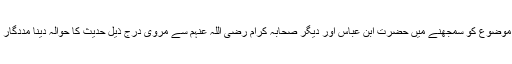
زیرِ بحث موضوع کو سمجھنے میں حضرت ابنِ عباس اور دیگر صحابہ کرام رضی اللہ عنہم سے مروی درج ذیل حدیث کا حوالہ دینا مددگار ثابت ہوگا۔